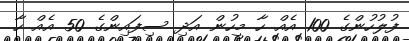
ފުލުހުންގެ 100 އެއް ހާ މީހުން އަދި ސިފައިންގެ 50 އެއް ހާ